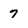
Character: 7